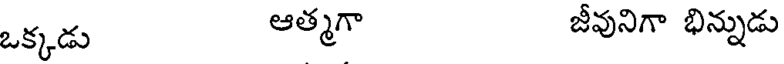
ఒక్కడు ఆత్మగా జీవునిగా భిన్నుడు